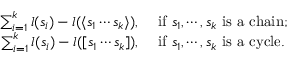
\begin{array} { r l } { \sum _ { i = 1 } ^ { k } l ( \mathfrak { s } _ { i } ) - l ( \langle \mathfrak { s } _ { 1 } \cdots \mathfrak { s } _ { k } \rangle ) , } & { \ \mathrm { i f } \ \mathfrak { s } _ { 1 } , \cdots , \mathfrak { s } _ { k } \ \mathrm { i s \ a \ c h a i n ; } } \\ { \sum _ { i = 1 } ^ { k } l ( \mathfrak { s } _ { i } ) - l ( [ \mathfrak { s } _ { 1 } \cdots \mathfrak { s } _ { k } ] ) , } & { \ \mathrm { i f } \ \mathfrak { s } _ { 1 } , \cdots , \mathfrak { s } _ { k } \ \mathrm { i s \ a \ c y c l e . } } \end{array}